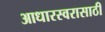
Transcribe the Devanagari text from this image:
आधारस्वरासाठी